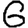
Digit: 6